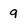
Character: a